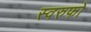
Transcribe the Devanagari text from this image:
स्वरुफो